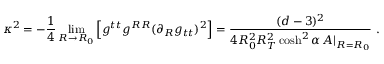
\kappa ^ { 2 } = - \frac { 1 } { 4 } \operatorname * { l i m } _ { R \rightarrow R _ { 0 } } \Big [ g ^ { t t } g ^ { R R } ( \partial _ { R } g _ { t t } ) ^ { 2 } \Big ] = \frac { ( d - 3 ) ^ { 2 } } { 4 R _ { 0 } ^ { 2 } R _ { T } ^ { 2 } \cosh ^ { 2 } \alpha \, A | _ { R = R _ { 0 } } } \ .